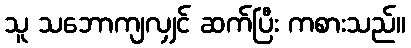
သူ သဘောကျလျှင် ဆက်ပြီး ကစားသည်။